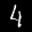
Label: 4